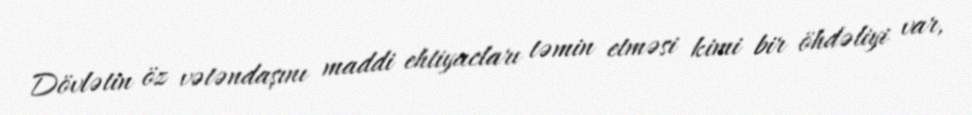
Dövlətin öz vətəndaşını maddi ehtiyacları təmin etməsi kimi bir öhdəliyi var,